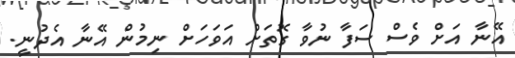
އޭނާ އަށް ވެސް ސަފާ ނުވާ ގޮތަށް އަވަހަށް ނިމުން އޭނާ އެދުނީ.